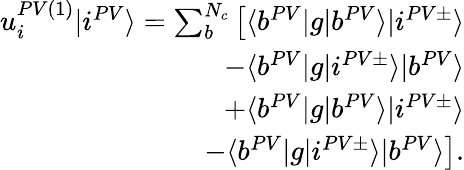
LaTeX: \begin{array}{r}{u_{i}^{PV(1)}|i^{PV}\rangle=\sum_{b}^{N_{c}}\left[\langle b^{PV}|g|b^{PV}\rangle|i^{PV\pm}\rangle\right.}\\ {\left.-\langle b^{PV}|g|i^{PV\pm}\rangle|b^{PV}\rangle\right.}\\ {\left.+\langle b^{PV}|g|b^{PV}\rangle|i^{PV\pm}\rangle\right.}\\ {\left.-\langle b^{PV}|g|i^{PV\pm}\rangle|b^{PV}\rangle\right].}\end{array}